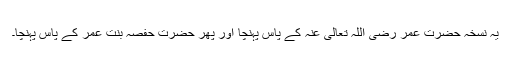
یہ نسخہ حضرت عمر رضی اللہ تعالی عنہ کے پاس پہنچا اور پھر حضرت حفصہ بنت عمر کے پاس پہنچا۔